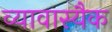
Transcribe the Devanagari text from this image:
व्यावास्यैक